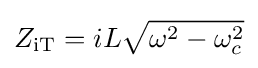
Z_{\mathrm {iT} }=iL{\sqrt {\omega ^{2}-\omega _{c}^{2}}}